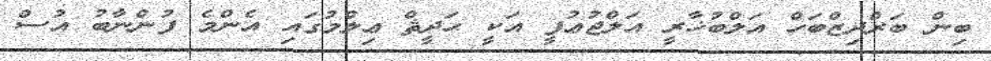
ބިން ބަރްދިޒްބަހް އަލްބުޚާރީ އަލްޖުޢުފީ އަކީ ޙަދީޘް ޢިލްމުގައި އެންމެ ފުންނާބު އުސް